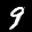
Label: 9